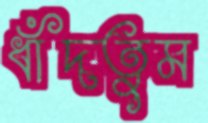
ধাঁদতুম